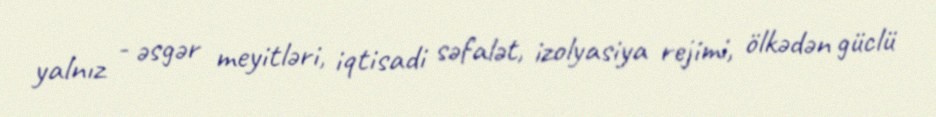
yalnız - əsgər meyitləri, iqtisadi səfalət, izolyasiya rejimi, ölkədən güclü